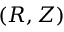
\left( R , Z \right)